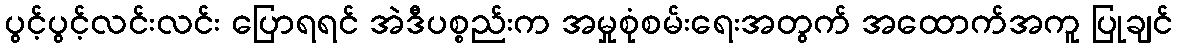
ပွင့်ပွင့်လင်းလင်း ပြောရရင် အဲဒီပစ္စည်းက အမှုစုံစမ်းရေးအတွက် အထောက်အကူ ပြုချင်